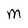
Character: M